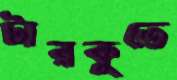
টারকুতে